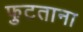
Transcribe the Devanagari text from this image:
फुटताना